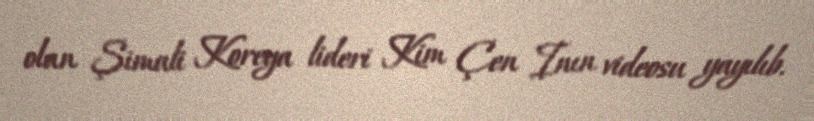
olan Şimali Koreya lideri Kim Çen Inın videosu yayılıb.